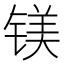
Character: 镁